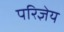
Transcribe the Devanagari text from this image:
परिज्ञेय